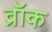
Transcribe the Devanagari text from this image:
व्रॉक